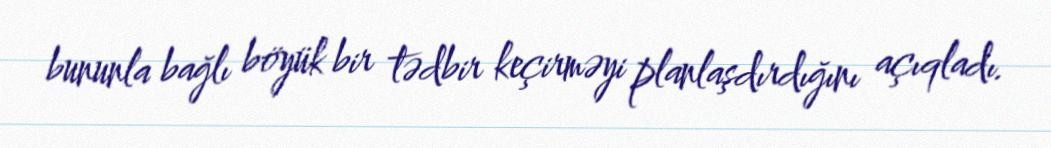
bununla bağlı böyük bir tədbir keçirməyi planlaşdırdığını açıqladı.